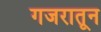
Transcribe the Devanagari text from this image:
गजरातून